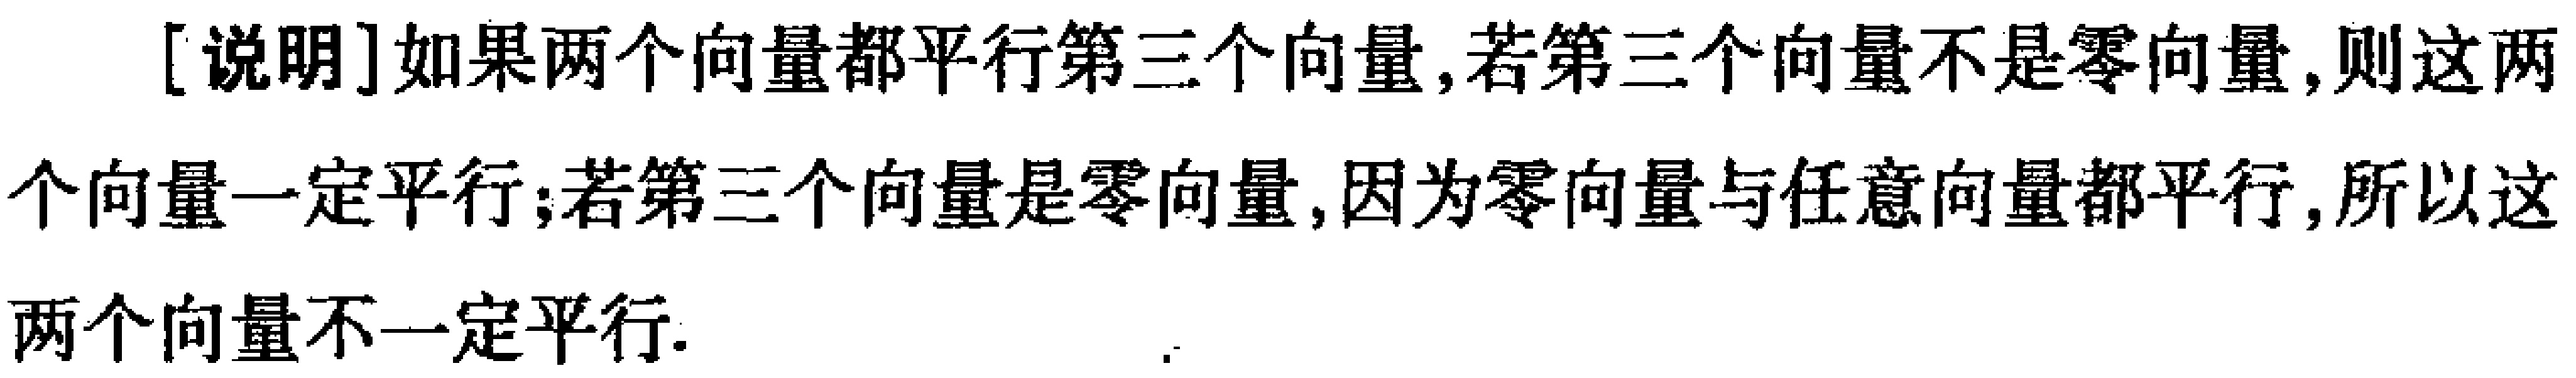
[说明]如果两个向量都平行第三个向量,若第三个向量不是零向量,则这两个向量一定平行;若第三个向量是零向量,因为零向量与任意向量都平行,所以这两个向量不一定平行.